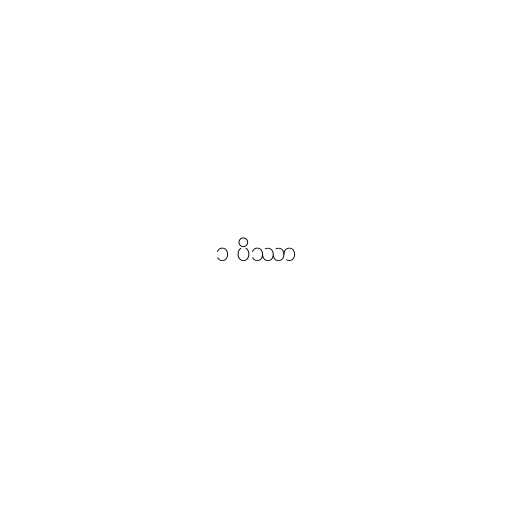
၁ ပိဿာ